Burma Government Medical School reports 1907-22
Year: 1907
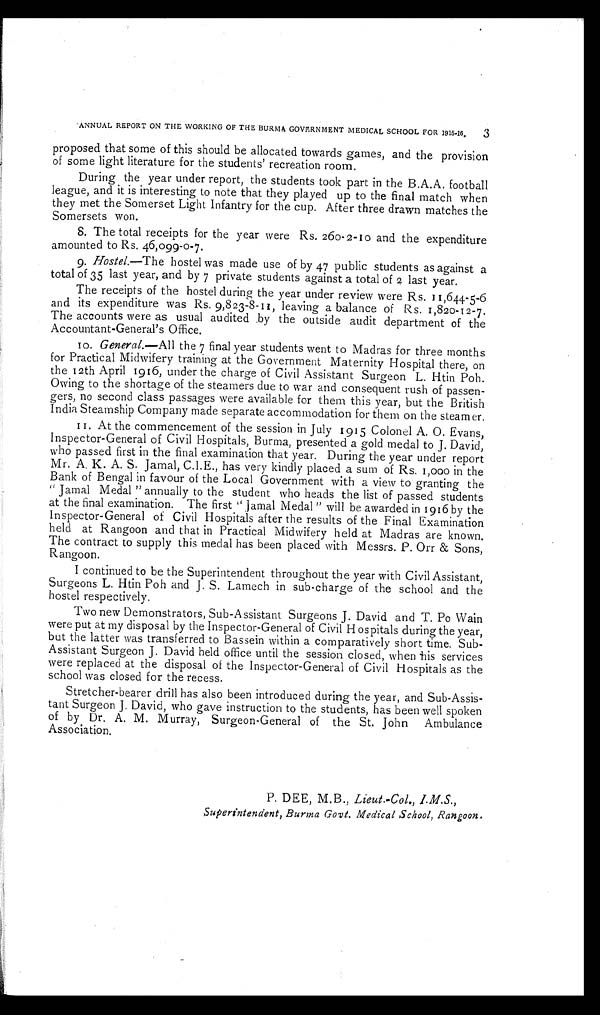
ANNUAL REPORT ON THE WORKING OF THE BURMA GOVERNMENT MEDICAL SCHOOL FOR 1915-16. 3
proposed that some of this should be allocated towards games, and the provision
of some light literature for the students' recreation room.
During the year under report, the students took part in the B.A.A. football
league, and it is interesting to note that they played up to the final match when
they met the Somerset Light Infantry for the cup. After three drawn matches the
Somersets won.
8.The total receipts for the year were Rs. 260- 2-10 and the expenditure
amounted to Rs. 46,099-0-7.
9.Hostel.—The hostel was made use of by 47 public students as against a
total of 35 last year, and by 7 private students against a total of 2 last year.
The receipts of the hostel during the year under review were Rs. 11,644-5-6
and its expenditure was Rs. 9,823-8-11, leaving a balance of Rs. 1,820-12-7.
The accounts were as usual audited by the outside audit department of the
Accountant-General's Office.
General.—All the 7 final year students went to Madras for three months
for Practical Midwifery training at the Government Maternity Hospital there, on
the 12th April 1916, under the charge of Civil Assistant Surgeon L. Htin Poh.
Owing to the shortage of the steamers due to war and consequent rush of passen-
gers no second class passages were available for them this year, but the British
India Steamship Company made separate accommodation for them on the steamer.
11. At the commencement of the session in July 1915 Colonel A. O. Evans,
Inspector-General of Civil Hospitals, Burma, presented a gold medal to J. David,
who passed first in the final examination that year. During the year under report
Mr. A. K. A. S. Jamal, C.I.E., has very kindly placed a sum of Rs. 1,000 in the
Bank of Bengal in favour of the Local Government with a view to granting the
"Jamal Medal" annually to the student who heads the list of passed students
at the final examination. The first "Jamal Medal" will be awarded in 1916 by the
Inspector-General of Civil Hospitals after the results of the Final Examination
held at Rangoon and that in Practical Midwifery held at Madras are known.
The contract to supply this medal has been placed with Messrs. P. Orr & Sons,
Rangoon.
I continued to be the Superintendent throughout the year with Civil Assistant,
Surgeons L. Htin Poh and J. S. Lamech in sub-charge of the school and the
hostel respectively.
Two new Demonstrators, Sub-Assistant Surgeons J. David and T. Po Wain
were put at my disposal by the Inspector-General of Civil Hospitals during the year,
but the latter was transferred to Bassein within a comparatively short time. Sub-
Assistant Surgeon J. David held office until the session closed, when his services
were replaced at the disposal of the Inspector-General of Civil Hospitals as the
school was closed for the recess.
Stretcher-bearer drill has also been introduced during the year, and Sub-Assis-
tant Surgeon J. David, who gave instruction to the students, has been well spoken
of by Dr. A. M. Murray, Surgeon-General of the St. John Ambulance
Association.
P. DEE, M.B., Lieut.-Col., I.M.S.,
Superintendent, Burma Govt. Medical School, Rangoon.